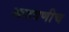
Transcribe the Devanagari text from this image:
आठवणीच